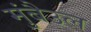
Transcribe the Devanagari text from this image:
मुंबैउल